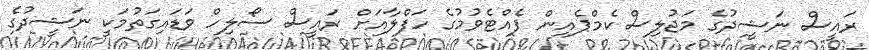
ރައީސް ނަޝީދުގެ މަޖުލިސް ކެމްޕެއިން ފެއްޓެވުމުގެ ހަފްލާއަށް ރައީސް ސޯލިހް ވަޑައިގަތުމަކީ ނަޝީދުގެ